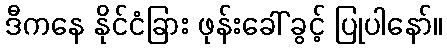
ဒီကနေ နိုင်ငံခြား ဖုန်းခေါ် ခွင့် ပြုပါနော်။